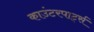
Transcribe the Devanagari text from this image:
काउंटरपार्ट्स